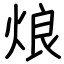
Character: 烺